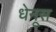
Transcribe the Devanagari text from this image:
धेनूस